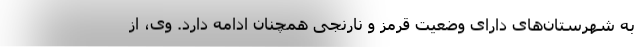
به شهرستان‌های دارای وضعیت قرمز و نارنجی همچنان ادامه دارد. وی، از